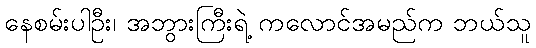
နေစမ်းပါဦး၊ အဘွားကြီးရဲ့ ကလောင်အမည်က ဘယ်သူ